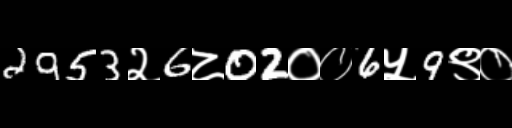
Text: 2953२6८02००6५9९०